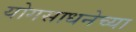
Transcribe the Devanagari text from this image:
योगसाधनेच्या